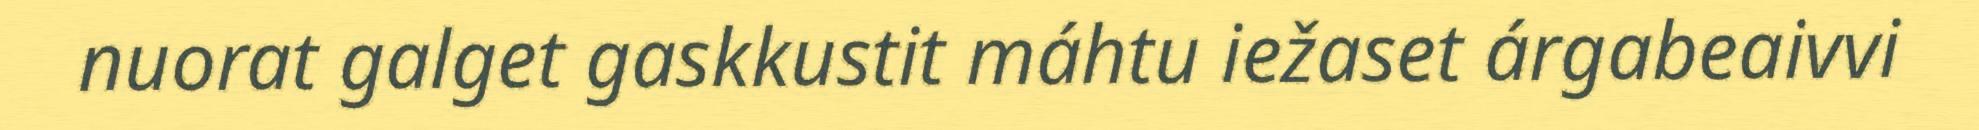
nuorat galget gaskkustit máhtu iežaset árgabeaivvi